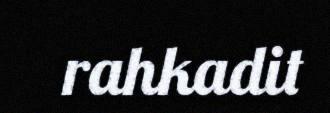
rahkadit